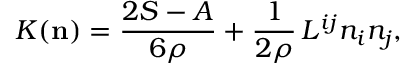
K ( { \mathbf { n } } ) = \frac { 2 S - A } { 6 \rho } + \frac 1 { 2 \rho } \, L ^ { i j } n _ { i } n _ { j } ,